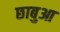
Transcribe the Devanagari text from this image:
छाबुआ